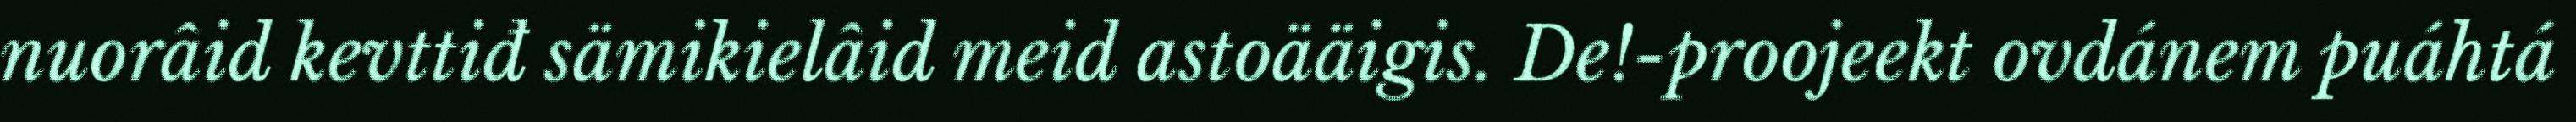
nuorâid kevttiđ sämikielâid meid astoääigis. De!-proojeekt ovdánem puáhtá